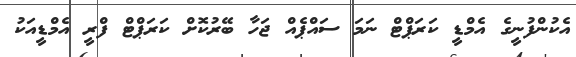
އެކުންފުނީގެ އެމްޑީ ކަރަޕްޓް ނަމަ ސައްޕެއް ޖަހާ ބޭރުކޮށް ކަރަޕްޓް ފްރީ އެމްޑީއަކު